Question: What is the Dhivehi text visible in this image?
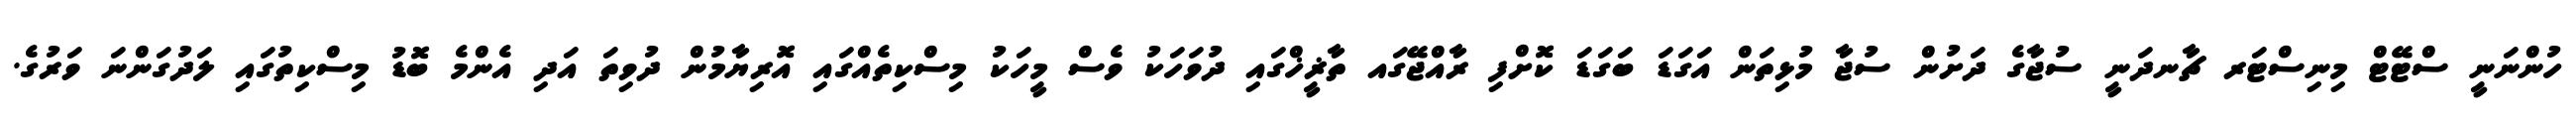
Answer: ހުންނަނީ ސްޓޭޓް މިނިސްޓަރ ޗާނދަނީ ސުޖާގެ ދަށުން ސުޖާ މުޅިތަން އަގަޑަ ބަގަޑަ ކޮށްފި ރާއްޖޭގައ ތާޜީޚްގައި ދުވަހަކު ވެސް މީހަކު މިސްކިތެއްގައި އޮރިޔާމުން ދުވިތަ އަދި އެންމެ ބޮޑު މިސްކިތުގައި ލަދުގަންނަ ވަރުގެ.